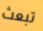
تبعث